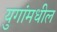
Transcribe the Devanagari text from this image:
युगांमधील